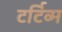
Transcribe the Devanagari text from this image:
टर्टिव्म